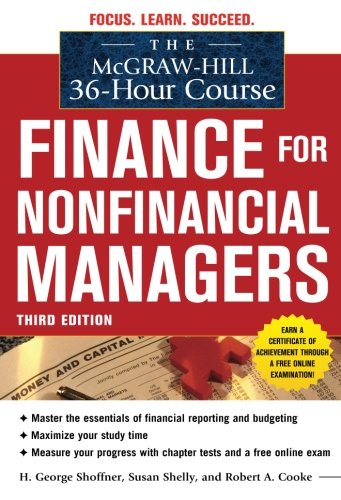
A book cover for The McGraw-Hill 36-Hour Course: Finance for Non-Financial Managers 3/E (McGraw-Hill 36-Hour Courses); H. George Shoffner; Business & Money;